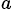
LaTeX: ^{a}